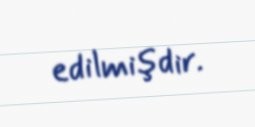
edilmişdir.